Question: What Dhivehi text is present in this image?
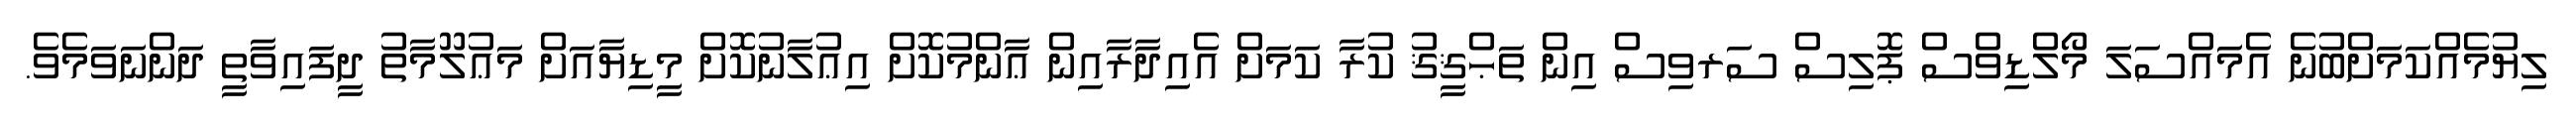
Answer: ލިޔުމެއްކަމަށްބުނެ އެމައްސަލަ މޯލްޑިވްސް ޕޮލިސް ސަރވިސް އިން ތަޙްޤީޤު ކުރާ ކަމަށް އެއިދާރާއިން ޢާންމުކޮށް އިޢުލާނުކޮށް މީޑިޔާއަށް މަޢުލޫމާތު ދީފައިވާތީ ދަންނަވަމެވެ.